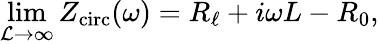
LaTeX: \operatorname*{lim}_{\mathcal{L}\to\infty}Z_{\mathrm{circ}}(\omega)=R_{\ell}+i\omega L-R_{0},